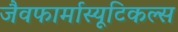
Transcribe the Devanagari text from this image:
जैवफार्मास्यूटिकल्स